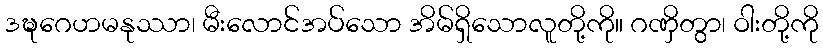
ဒဍ္ဎဂေဟမနုဿာ၊ မီးလောင်အပ်သော အိမ်ရှိသောလူတို့ကို။ ဂဏှိတွာ၊ ဝါးတို့ကို